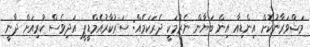
މަޝްވަރާނުކޮށް އިންޑިއާ އިން ބަޔާން ނެރުމަކީ ދެރަކަމެއް: ސަރުކާރުއެމްޑީޕީ އަދިވެސް ކުރިއަށް ދާނީ